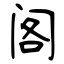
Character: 阁